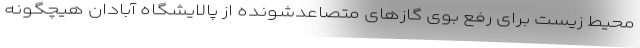
محیط زیست برای رفع بوی گازهای متصاعدشونده از پالایشگاه آبادان هیچگونه